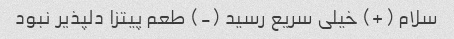
سلام (+) خیلی سریع رسید (-) طعم پیتزا دلپذیر نبود